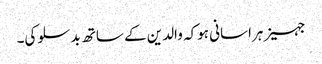
جہیز ہراسانی ہوکہ والدین کے ساتھ بدسلوکی۔